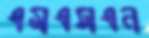
এমএসএন